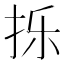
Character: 㧰